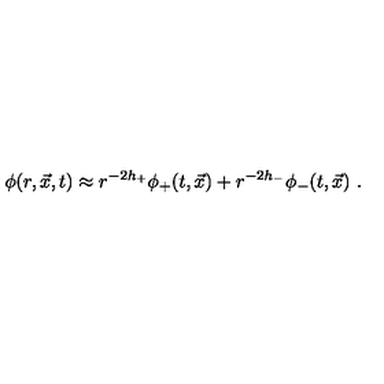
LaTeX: \phi ( r , \vec { x } , t ) \approx r ^ { - 2 h _ { + } } \phi _ { + } ( t , \vec { x } ) + r ^ { - 2 h _ { - } } \phi _ { - } ( t , \vec { x } ) \ .